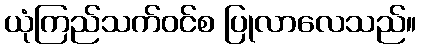
ယုံကြည်သက်ဝင်စ ပြုလာလေသည်။